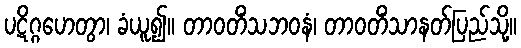
ပဋိဂ္ဂဟေတွာ၊ ခံယူ၍။ တာဝတိံသဘဝနံ၊ တာဝတိံသာနတ်ပြည်သို့။